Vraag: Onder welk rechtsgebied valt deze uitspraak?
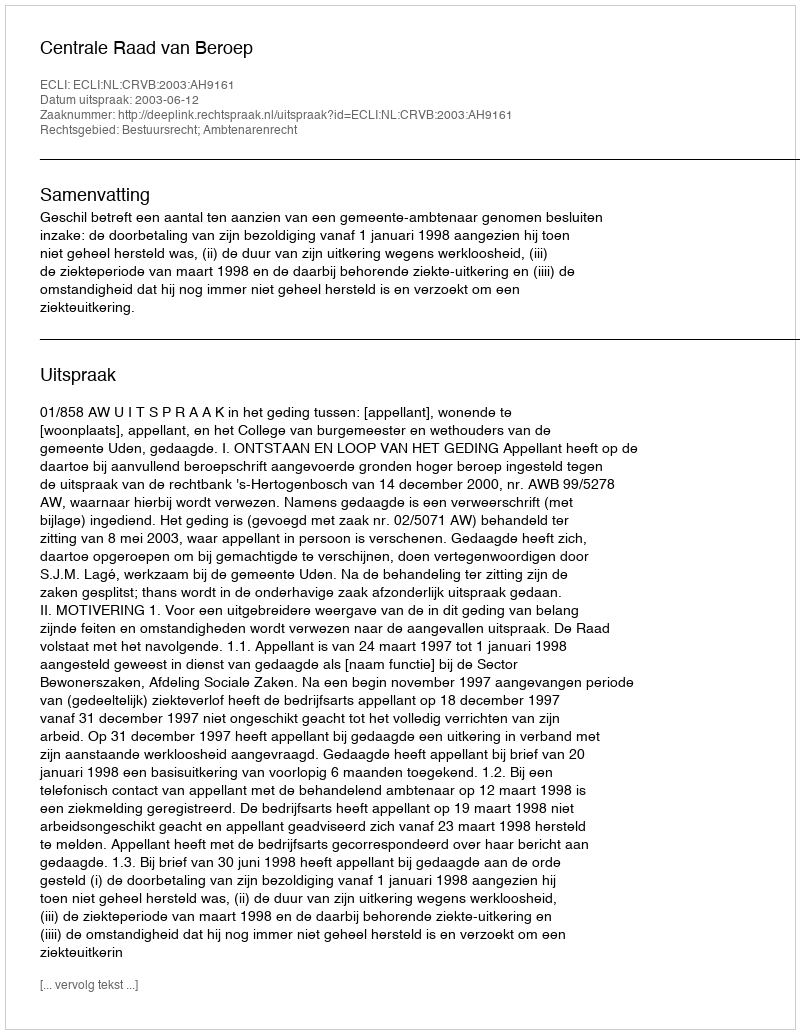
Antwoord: Bestuursrecht; Ambtenarenrecht